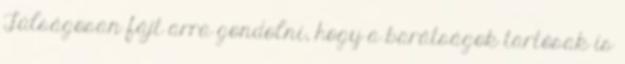
Túlságosan fájt arra gondolni, hogy a barátságok tartósak is